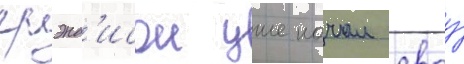
грэнд'исон уже начал своу́